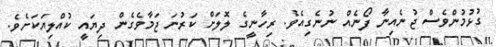
ގުޅުމުންވެސް ޖުނެއިނާ ފޯނެއް ނުނެގިއެވެ. ރިހާނީގެ ލޮލަށް ކަރުނަ ޖަމާވެގެން ދިޔައީ ކުއްލިޔަކަށެވެ.